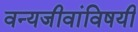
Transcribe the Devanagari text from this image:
वन्यजीवांविषयी